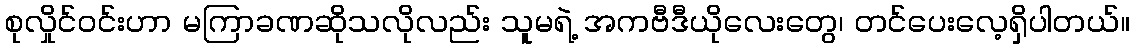
စုလှိုင်၀င်းဟာ မကြာခဏဆိုသလိုလည်း သူမရဲ့ အကဗီဒီယိုလေးတွေ၊ တင်ပေးလေ့ရှိပါတယ်။